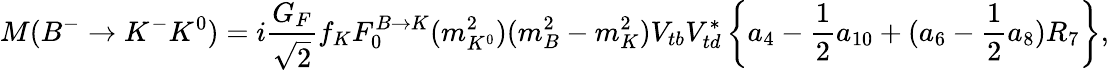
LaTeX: M(B^{-}\to K^{-}K^{0})=i\frac{G_{F}}{\sqrt{2}}f_{K}F_{0}^{B\to K}(m_{K^{0}}^{2})(m_{B}^{2}-m_{K}^{2})V_{tb}V_{td}^{*}\left\{ a_{4}-\frac{1}{2}a_{10}+(a_{6}-\frac{1}{2}a_{8})R_{7}\right\} ,